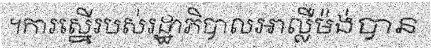
។ការស្នើរបស់រដ្ឋាភិបាលអាល្លឺម៉ង់បាន